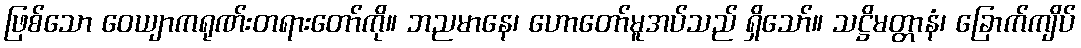
ဖြစ်သော ဝေယျာကရုဏ်းတရားတော်ကို။ ဘညမာနေ၊ ဟောတော်မူအပ်သည် ရှိသော်။ သဋ္ဌိမတ္တာနံ၊ ခြောက်ကျိပ်